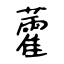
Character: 藿